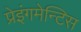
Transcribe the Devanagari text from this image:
प्रेइंगमेन्टिस